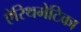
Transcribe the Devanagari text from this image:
ऐरिथमेटिका